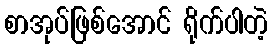
စာအုပ်ဖြစ်အောင် ရိုက်ပါတဲ့